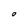
Character: O